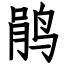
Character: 鹃